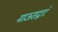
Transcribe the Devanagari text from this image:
माऊसद्वारे